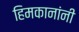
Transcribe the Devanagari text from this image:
हिमकानांनी